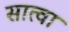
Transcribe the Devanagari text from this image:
सात्वा